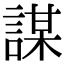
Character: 謀